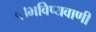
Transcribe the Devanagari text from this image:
५।भविष्यवाणी